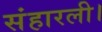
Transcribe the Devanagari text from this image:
संहारली।